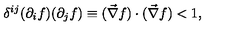
\delta ^ { i j } ( \partial _ { i } f ) ( \partial _ { j } f ) \equiv ( \vec { \nabla } f ) \cdot ( \vec { \nabla } f ) < 1 ,